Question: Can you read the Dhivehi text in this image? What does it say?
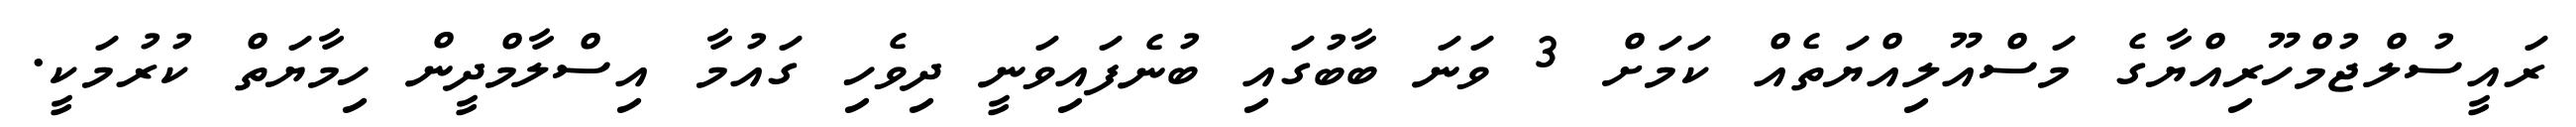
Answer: ރައީސުލްޖުމްހޫރިއްޔާގެ މަސްއޫލިއްޔަތެއް ކަމަށް 3 ވަނަ ބާބުގައި ބުނެފައިވަނީ ދިވެހި ގައުމާ އިސްލާމްދީން ހިމާޔަތް ކުރުމަކީ.